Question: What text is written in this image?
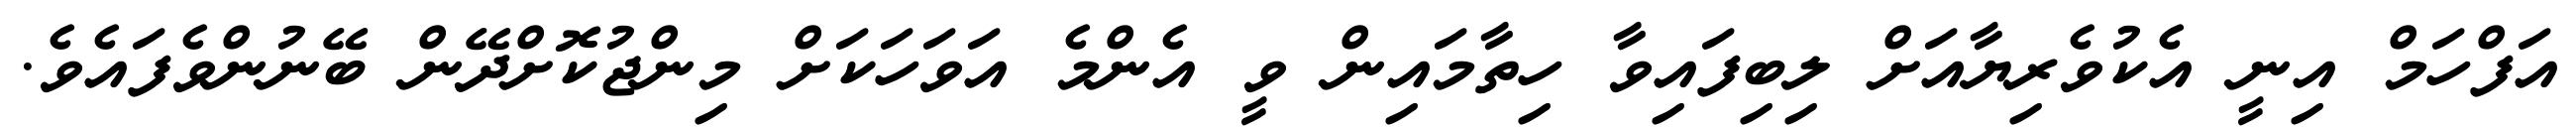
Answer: އަފްހަމް އިނީ އެކުވެރިޔާއަށް ލިބިފައިވާ ހިތާމައިން ވީ އެންމެ އަވަހަކަށް މިންޖުކޮށްދޭން ބޭނުންވެފައެވެ.